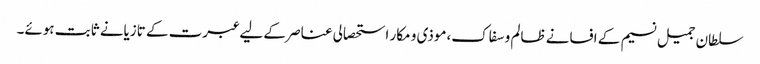
سلطان جمیل نسیم کے افسانے ظالم و سفاک،موذی و مکار استحصالی عناصر کے لیے عبرت کے تازیانے ثابت ہوئے۔